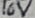
Text: 16V